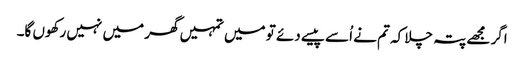
اگر مجھے پتہ چلا کہ تم نے اُسے پیسے دئے تو میں تمہیں گھر میں نہیں رکھوں گا۔